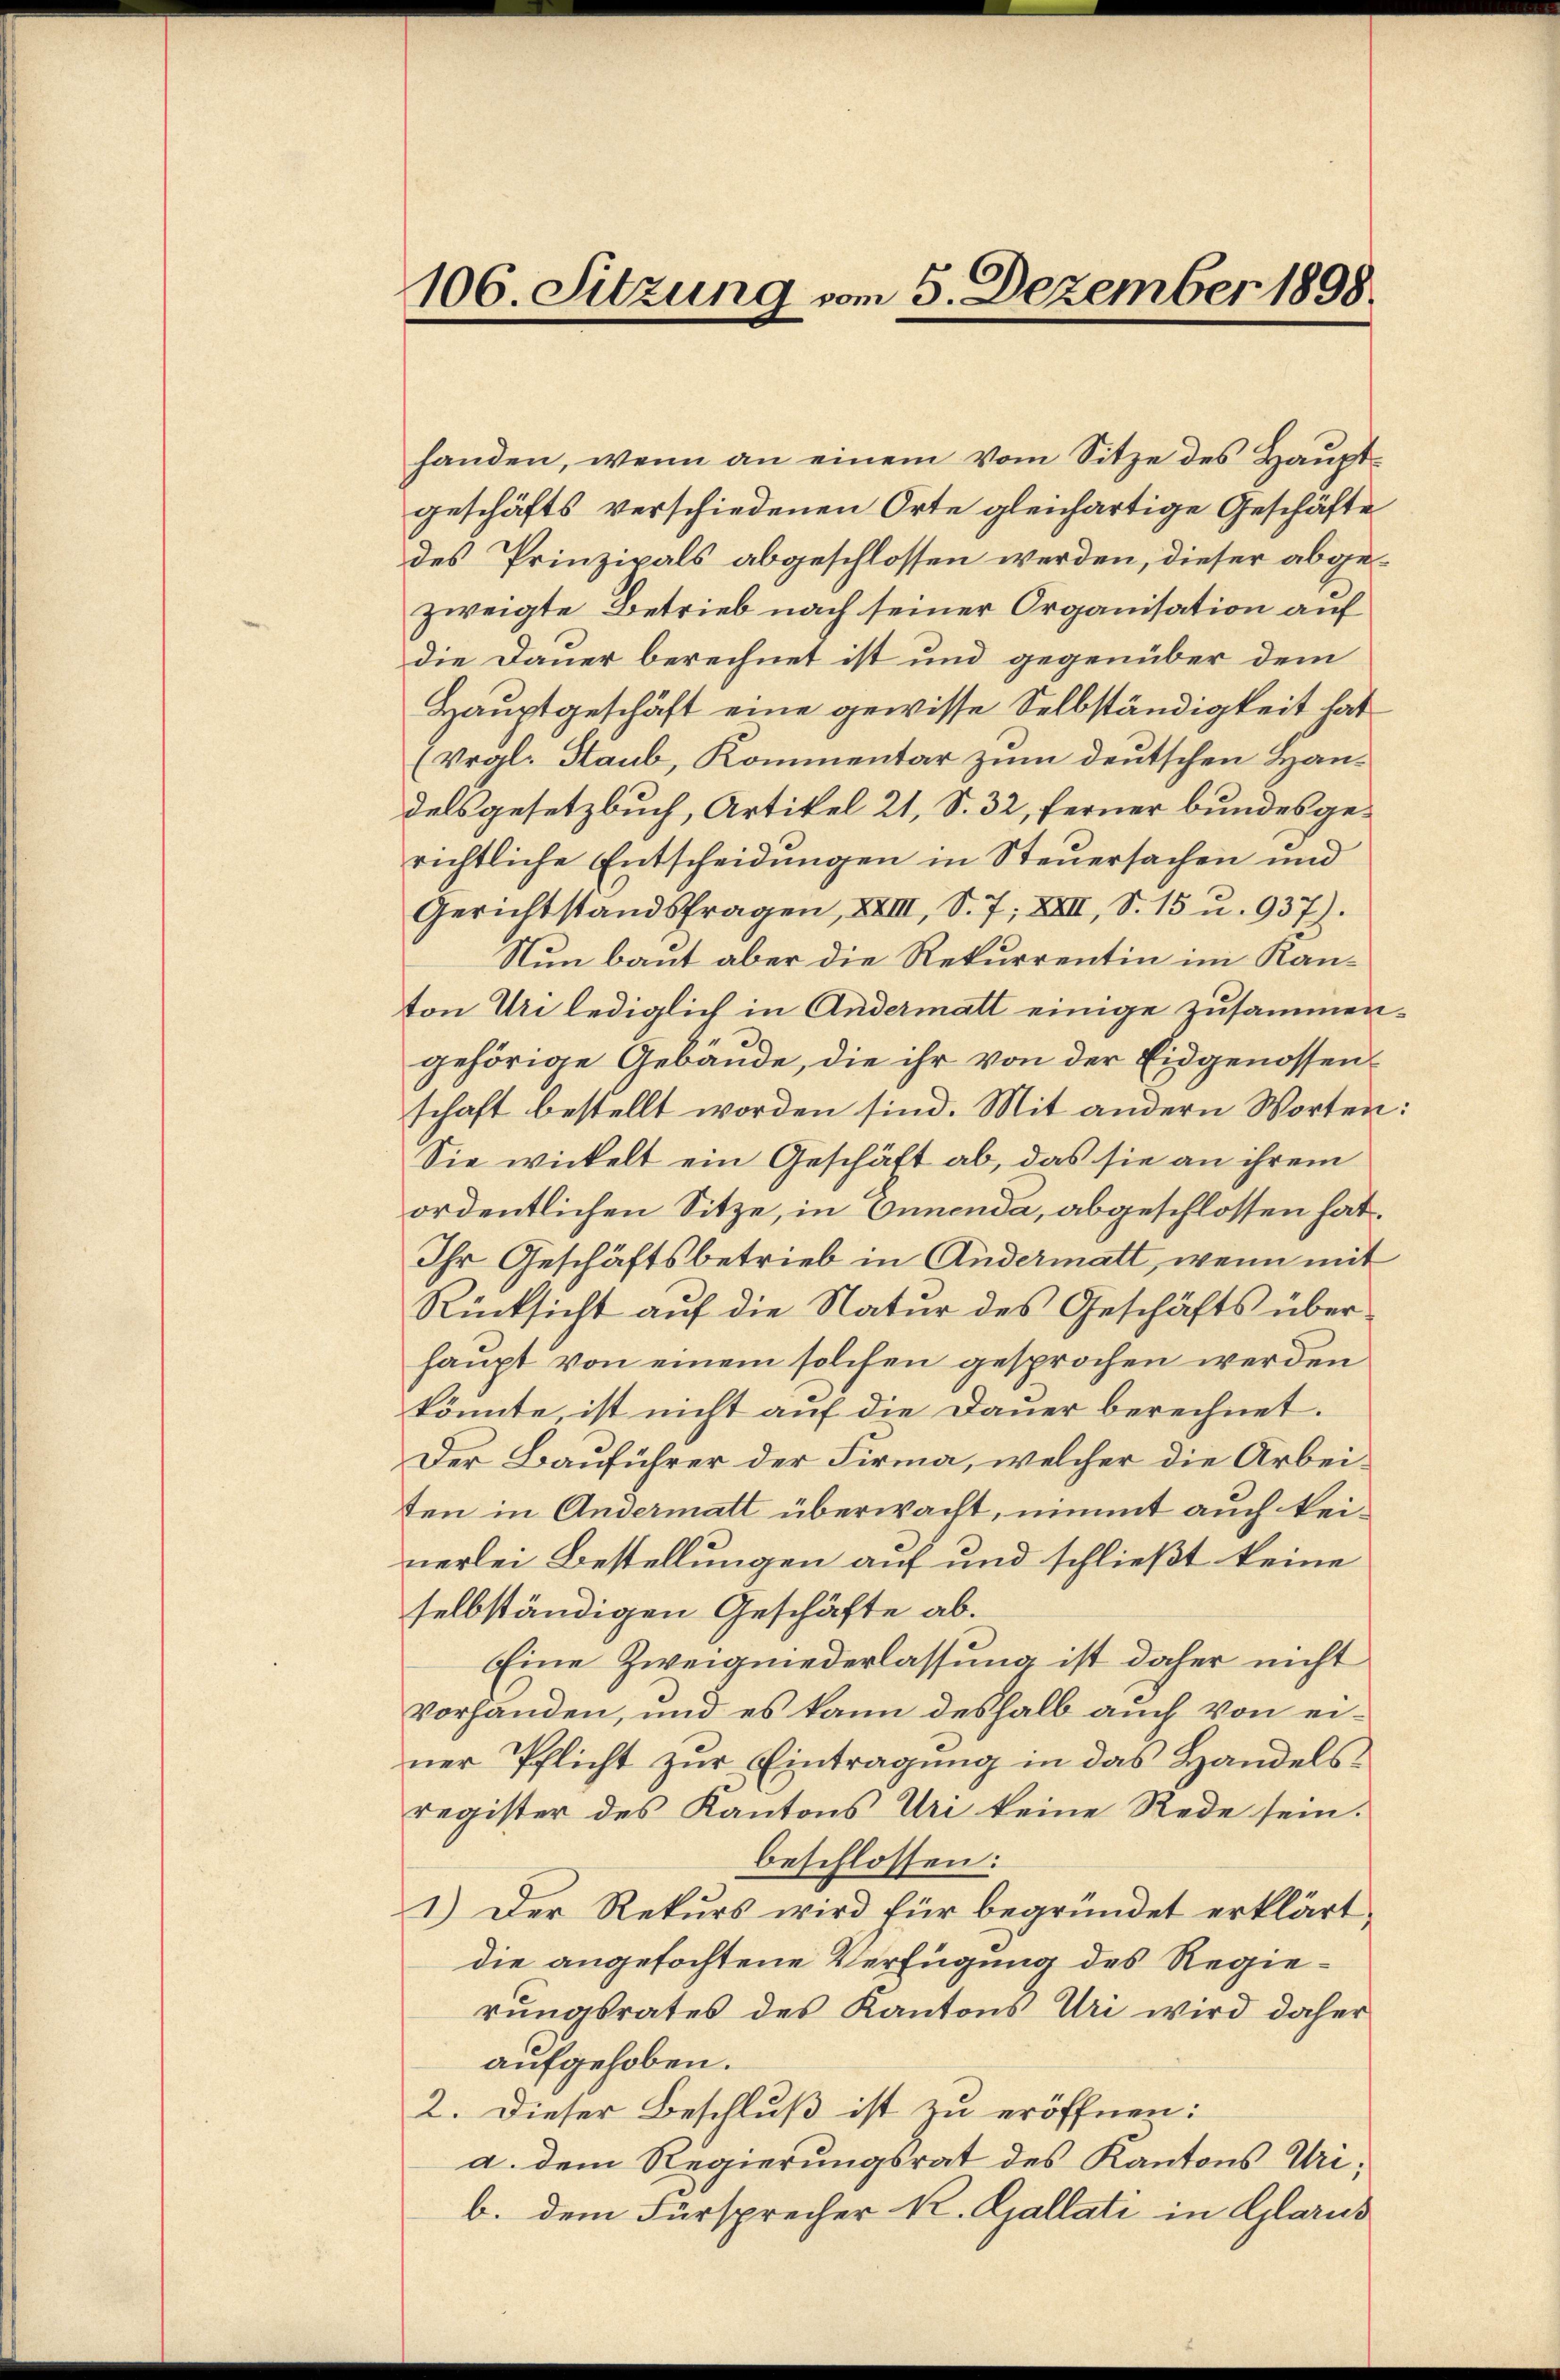
106. Sitzung vom 5. Dezember 1898.

handen, wenn an einem vom Sitze des Hauptgeschäfts verschiedenen Orte gleichartige Geschäfte
des Prinzipals abgeschlossen werden, dieser abgezweigte Betrieb nach seiner Organisation auf
die Dauer berechnet ist und gegenüber dem
Hauptgeschäft eine gewisse Selbständigkeit hat
(Vrgl. Staub, Kommentar zum deutschen Handelsgesetzbuch, Artikel 21, S. 32, ferner bundesgerichtliche Entscheidungen in Steuersachen und
Gerichtstandsfragen, XXIII, S. 7, XXII, S. 15 u. 937).
Nun baut aber die Rekurrentin im Kanton Uri lediglich in Andermatt einige zusammengehörige Gebäude, die ihr von der Eidgenossenschaft bestellt worden sind. Mit andern Worten:
Sie wickelt ein Geschäft ab, das sie an ihrem
ordentlichen Sitze, in Onnenda, abgeschlossen hat.
Ihr Geschäftsbetrieb in Andermatt, wenn mit
Rücksicht auf die Natur des Geschäfts überhaupt von einem solchen gesprochen werden
könnte, ist nicht auf die Dauer berechnet.
Der Bauführer der Firma, welcher die Arbeiten in Andermatt überwacht, nimt auch keinerlei Bestellungen auf und schließt keine
selbständigen Geschäfte ab.
Eine Zweigniederlassung ist daher nicht
vorhanden, und es kann deshalb auch von einer Pflicht zŭr Eintragŭng in das Handelsregister des Kantons Uri keine Rede sein.
beschlossen:
1.) Der Rekurs wird für begründet erklärt,
die angefochtene Verfügung des Regierungsrates des Kantons Uri wird daher
aufgehoben.
2. Dieser Beschluß ist zu eröffnen:
a. dem Regierungsrat des Kantons Urib. dem Fürsprecher K. Gallati in Glarus